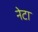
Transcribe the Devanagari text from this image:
नेटा